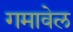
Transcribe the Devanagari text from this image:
गमावेल